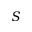
S